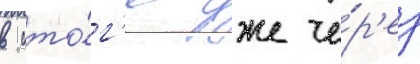
в ито́г'е уже че́р'ез